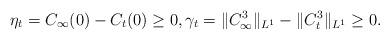
LaTeX: \begin{align*} \eta_t = C_\infty(0)-C_t(0) \geq 0, \gamma_t = \|C_\infty^3\|_{L^1} - \|C_t^3\|_{L^1} \geq 0.\end{align*}